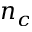
n _ { c }